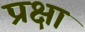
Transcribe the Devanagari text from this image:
प्रक्षा